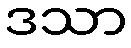
ဒသာ